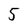
Character: 5